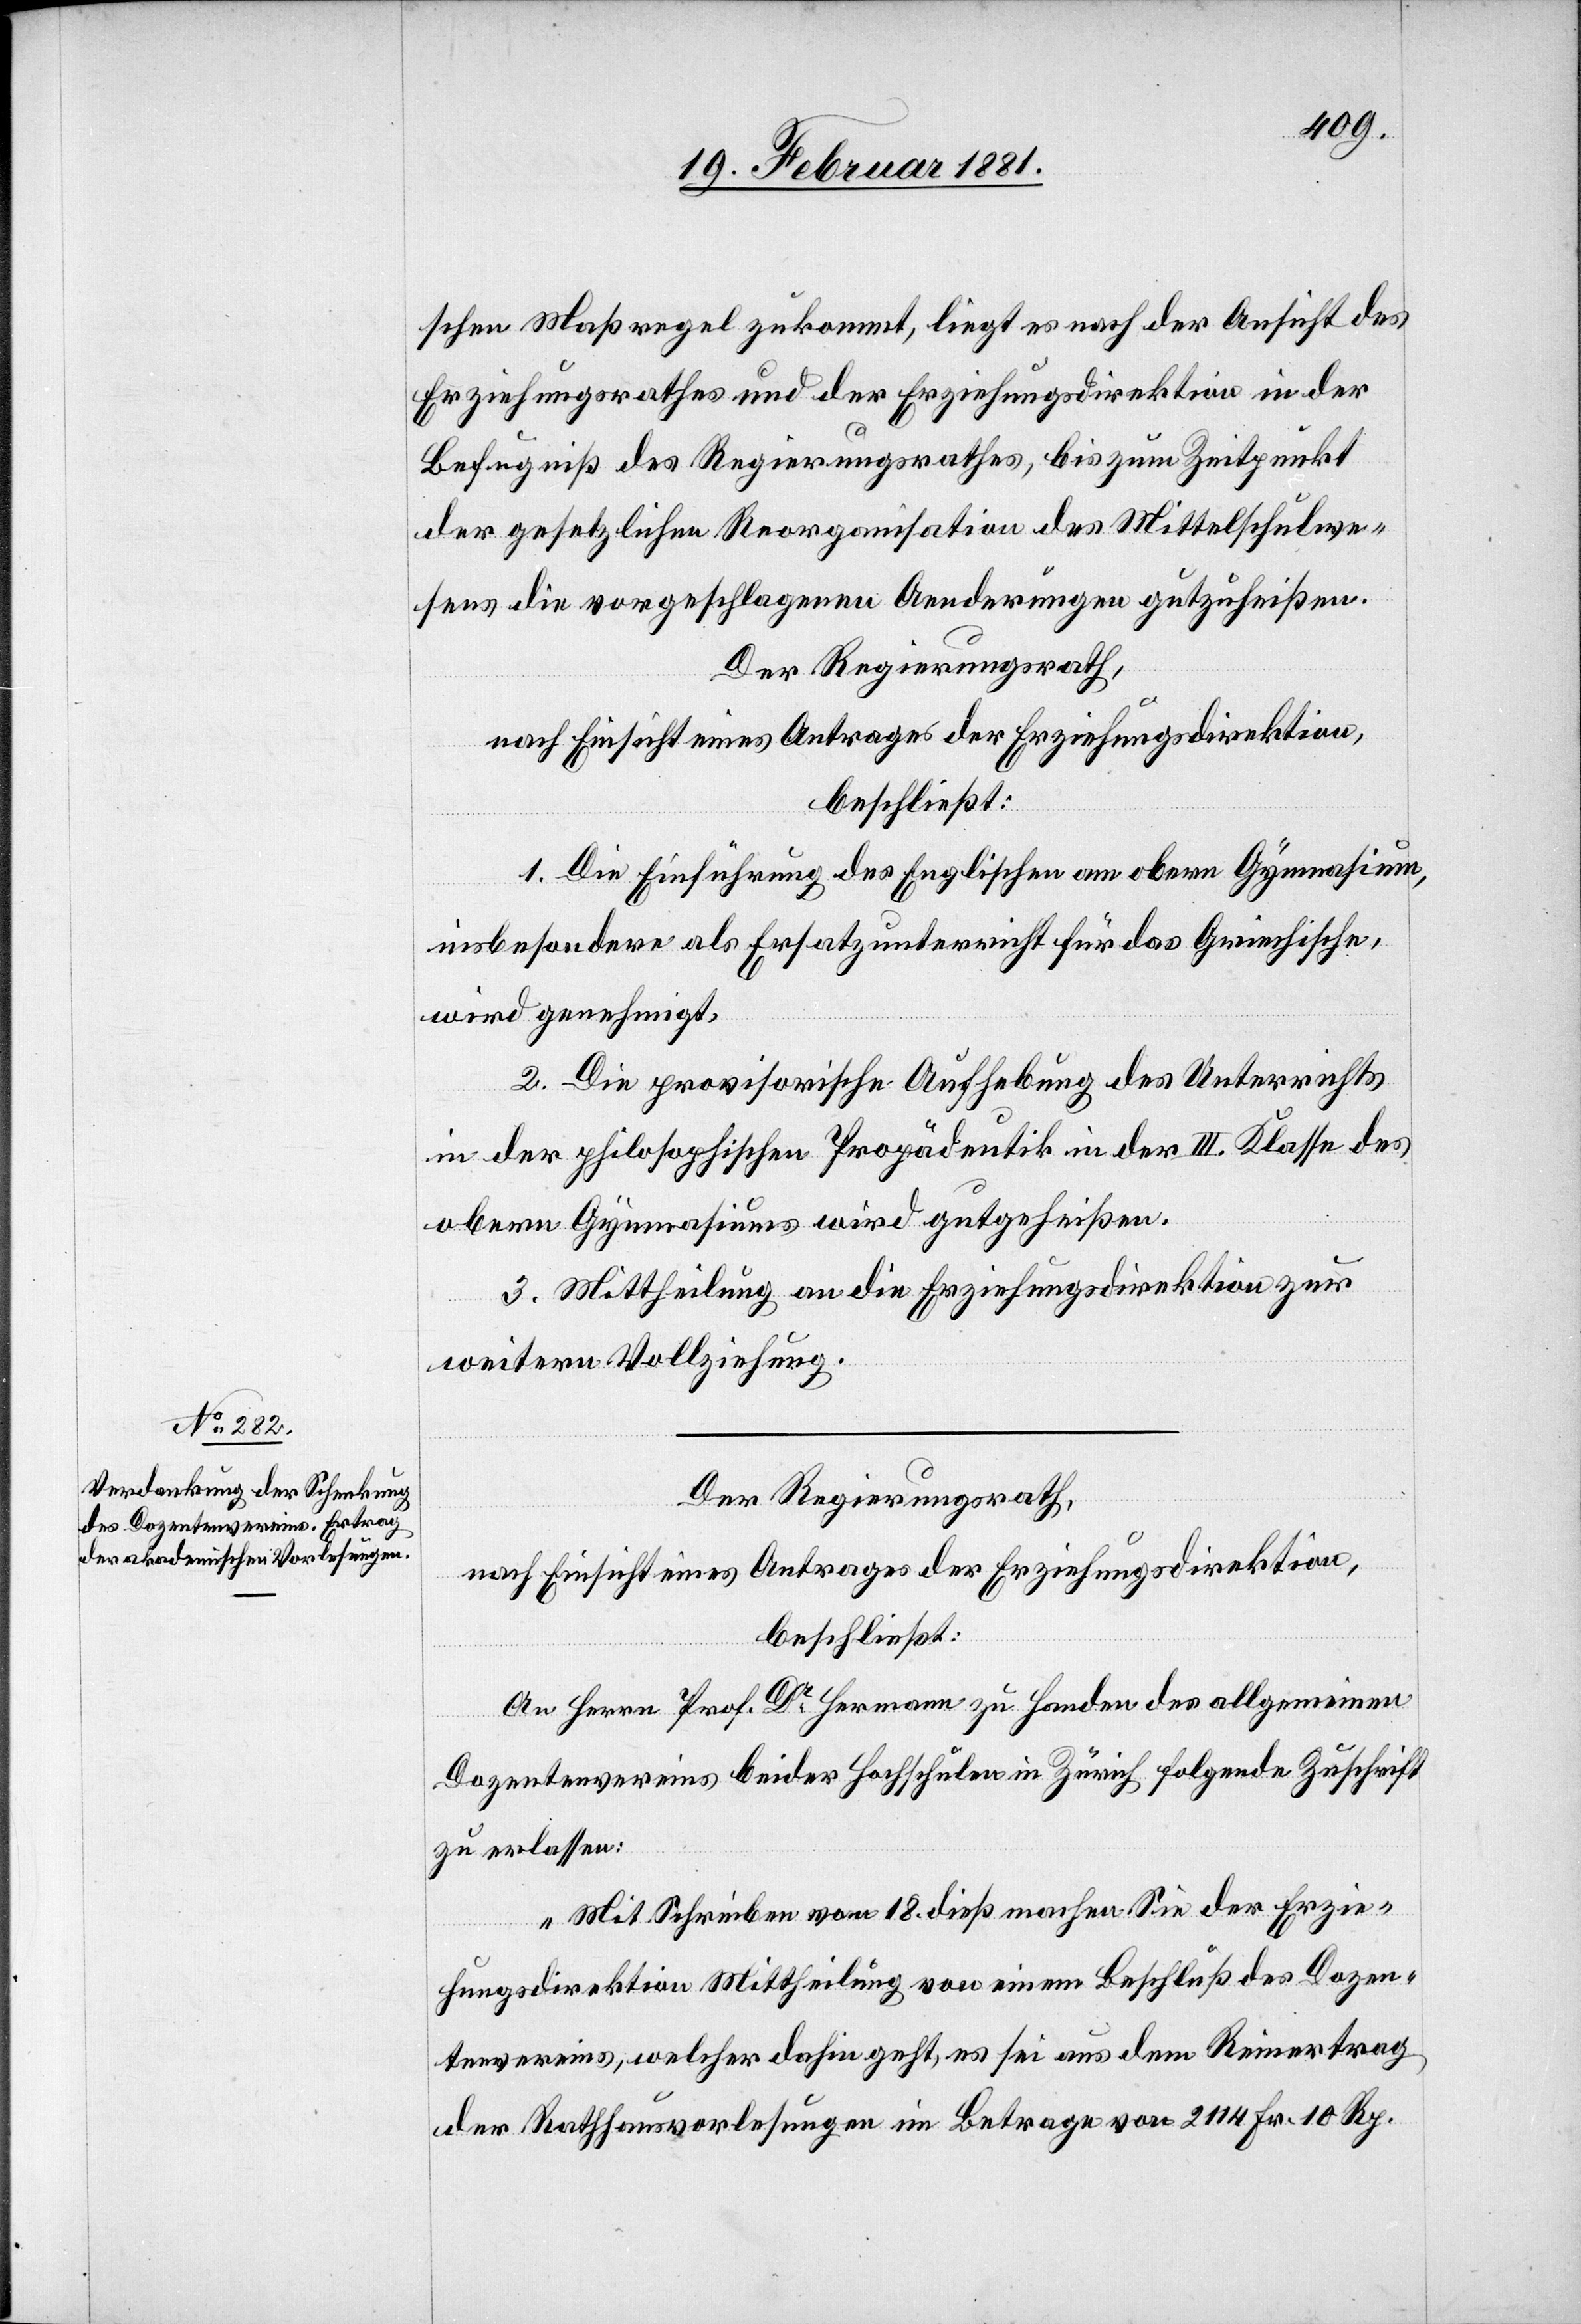
schen Maßregel zukommt, liegt es nach der Ansicht des
Erziehungsrathes und der Erziehungsdirektion in der
Befugniß des Regierungsrathes, bis zum Zeitpunkt
der gesetzlichen Reorganisation des Mittelschulwe¬
sens die vorgeschlagene Aenderungen gutzuheißen.
Der Regierungsrath,
nach Einsicht eine Antrages der Erziehungsdirektion,
beschließt:
1. Die Einführung des Englischen am obern Gymnasium,
insbesondere als Ersatzunterricht für das Griechische,
wird genehmigt.
2. Die provisorische Aufhebung des Unterrichts
in der philologischen Propädeutik in der III. Klasse des
obern Gymnasiums wird gutgeheißen.
3. Mittheilung an die Erziehungsdirektion zur
weitern Vollziehung.
Der Regierungsrath,
nach Einsicht eines Antrages der Erziehungsdirektion,
beschließt:
An Herrn Prof. Dr Hermann zu Handen des allgemeinen
Dozentenvereins beider Hochschulen in Zürich folgende Zuschrift
zu erlassen:
„Mit Schreiben vom 18. dieß machen Sie der Erzie¬
hungsdirektion Mittheilung von einem Beschluß des Dozen¬
tenvereins, welcher dahin geht, es sei aus dem Reinertrag
der Rathhausvorlesungen im Betrage von 2114 Fr. 10 Rp.